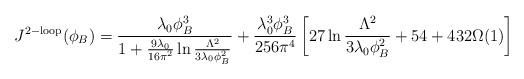
\begin{align*}J^{\mathrm{2-loop}}(\phi_B)=\frac{\lambda_0\phi^3_B}{1+\frac{9\lambda_0}{16\pi^2}\ln \frac{\Lambda^2}{3\lambda_0\phi^2_B} } +\frac{\lambda_0^3\phi^3_B}{256\pi^4}\left[27\ln \frac{\Lambda^2}{3\lambda_0\phi^2_B} + 54 + 432\Omega(1) \right]\end{align*}